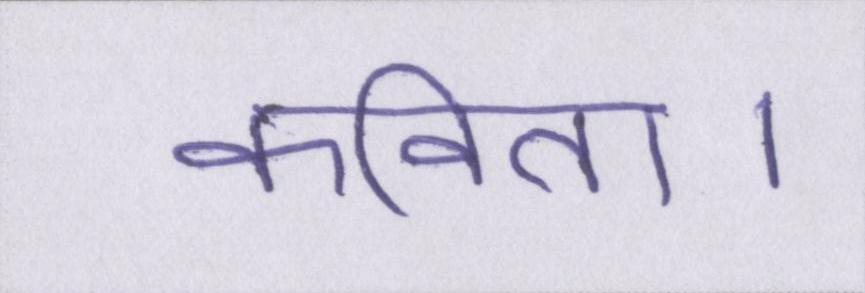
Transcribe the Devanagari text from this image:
कविता।